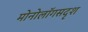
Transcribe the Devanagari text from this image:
मोनोलॉगसदृश